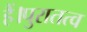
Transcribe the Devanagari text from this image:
हैं।पुरातत्व